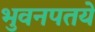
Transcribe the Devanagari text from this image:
भुवनपतये